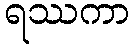
ရဿကာ